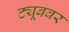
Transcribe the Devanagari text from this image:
ट्यूबवर